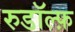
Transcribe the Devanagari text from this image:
रुडॉल्फ़